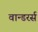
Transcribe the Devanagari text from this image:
वान्डरर्स